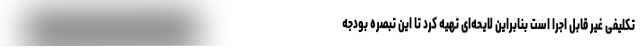
تکلیفی غیر قابل اجرا است بنابراین لایحه‌ای تهیه کرد تا این تبصره بودجه